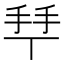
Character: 𢫶